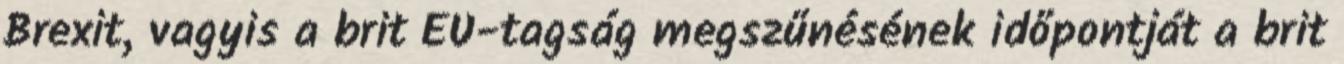
Brexit, vagyis a brit EU-tagság megszűnésének időpontját a brit